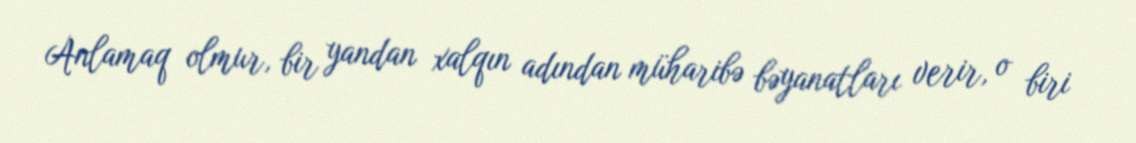
Anlamaq olmur, bir yandan xalqın adından müharibə bəyanatları verir, o biri